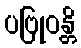
ပဗြုဝန္တိ